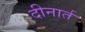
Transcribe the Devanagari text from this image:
दीनार्त